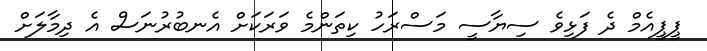
ޕީޕީއެމް ދެ ފަޅިވެ ސިޔާސީ މަސްރަހު ކިތަންމެ ވަރަކަށް އެނބުރުނަސް އެ ދިމާލަށް